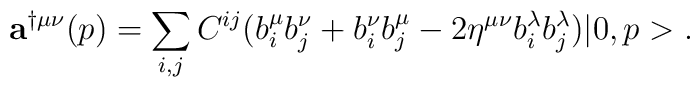
{\bf a}^{\dag\mu\nu}(p)=\sum_{i,j} C^{ij} (b^{\mu}_i b^{\nu}_j + b^{\nu}_ib^{\mu}_j-2\eta^{\mu\nu}b^{\lambda}_i b^{\lambda}_j)|0,p>.